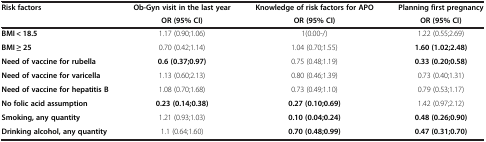
<table><thead><tr><td><b>Risk factors</b></td><td><b>Ob-Gyn visit in the last year</b></td><td><b>Knowledge of risk factors for APO</b></td><td><b>Planning first pregnancy</b></td></tr><tr><td><b> </b></td><td><b>OR (95% CI)</b></td><td><b>OR (95% CI)</b></td><td><b>OR (95% CI)</b></td></tr></thead><tbody><tr><td><b>BMI &lt; 18.5</b></td><td>1.17 (0.90;1.06)</td><td>1(0.00-/)</td><td>1.22 (0.55;2.69)</td></tr><tr><td><b>BMI ≥ 25</b></td><td>0.70 (0.42;1.14)</td><td>1.04 (0.70;1.55)</td><td><b>1.60 (1.02;2.48)</b></td></tr><tr><td><b>Need of vaccine for rubella</b></td><td><b>0.6 (0.37;0.97)</b></td><td>0.75 (0.48;1.19)</td><td><b>0.33 (0.20;0.58)</b></td></tr><tr><td><b>Need of vaccine for varicella</b></td><td>1.13 (0.60;2.13)</td><td>0.80 (0.46;1.39)</td><td>0.73 (0.40;1.31)</td></tr><tr><td><b>Need of vaccine for hepatitis B</b></td><td>1.08 (0.70;1.68)</td><td>0.73 (0.49;1.10)</td><td>0.79 (0.53;1.17)</td></tr><tr><td><b>No folic acid assumption</b></td><td><b>0.23 (0.14;0.38)</b></td><td><b>0.27 (0.10;0.69)</b></td><td>1.42 (0.97;2.12)</td></tr><tr><td><b>Smoking, any quantity</b></td><td>1.21 (0.93;1.03)</td><td><b>0.10 (0.04;0.24)</b></td><td><b>0.48 (0.26;0.90)</b></td></tr><tr><td><b>Drinking alcohol, any quantity</b></td><td>1.1 (0.64;1.60)</td><td><b>0.70 (0.48;0.99)</b></td><td><b>0.47 (0.31;0.70)</b></td></tr></tbody></table>